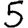
Digit: 5